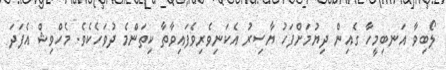
ލޯބިވާ އަނބިމީހާ ގެއިން ދިޔުމަށްފަހު ޔާސިރު އެކަނިވެރިވެފައިވާތާ ކިތަންމެ ދުވަހެކެވެ. މެހްވިޝް އެފަދަ